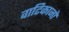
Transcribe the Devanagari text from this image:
वाटिकानो